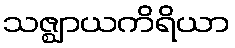
သဇ္ဈာယကိရိယာ